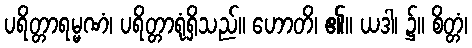
ပရိတ္တာရမ္မဏံ၊ ပရိတ္တာရုံရှိသည်။ ဟောတိ၊ ၏။ ယဒါ၊ ၌။ စိတ္တံ၊